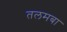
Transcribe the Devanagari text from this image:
तलमबा